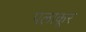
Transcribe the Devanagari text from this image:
पलाकूर